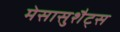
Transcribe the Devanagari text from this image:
मेसासुशैट्स